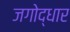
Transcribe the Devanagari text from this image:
जगोद्धार